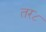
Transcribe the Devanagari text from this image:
तर८